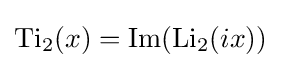
\operatorname {Ti} _{2}(x)=\operatorname {Im} (\operatorname {Li} _{2}(ix))